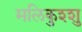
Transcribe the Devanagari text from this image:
मलिकुश्शु